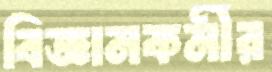
বিজ্ঞানকর্মীর